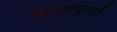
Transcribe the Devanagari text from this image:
बदलापूरची